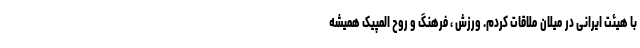
با هیئت ایرانی در میلان ملاقات کردم. ورزش ، فرهنگ و روح المپیک همیشه